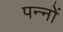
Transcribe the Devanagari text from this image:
पन्‍नों